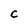
Character: C